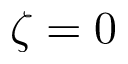
\zeta = 0